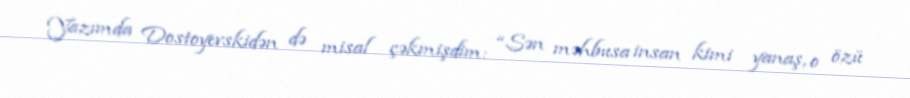
Yazımda Dostoyevskidən də misal çəkmişdim: “Sən məhbusa insan kimi yanaş, o özü